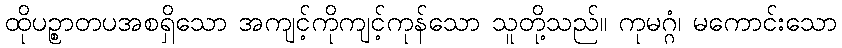
ထိုပဉ္စာတပအစရှိသော အကျင့်ကိုကျင့်ကုန်သော သူတို့သည်။ ကုမဂ္ဂံ၊ မကောင်းသော